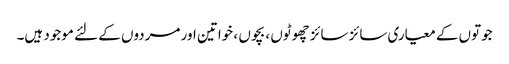
جوتوں کے معیاری سائز سائز چھوٹوں ، بچوں ، خواتین اور مردوں کے لئے موجود ہیں۔